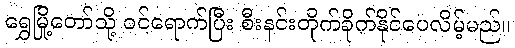
ရွှေမြို့တော်သို့ ဝင်ရောက်ပြီး စီးနင်းတိုက်ခိုက်နိုင်ပေလိမ့်မည်။